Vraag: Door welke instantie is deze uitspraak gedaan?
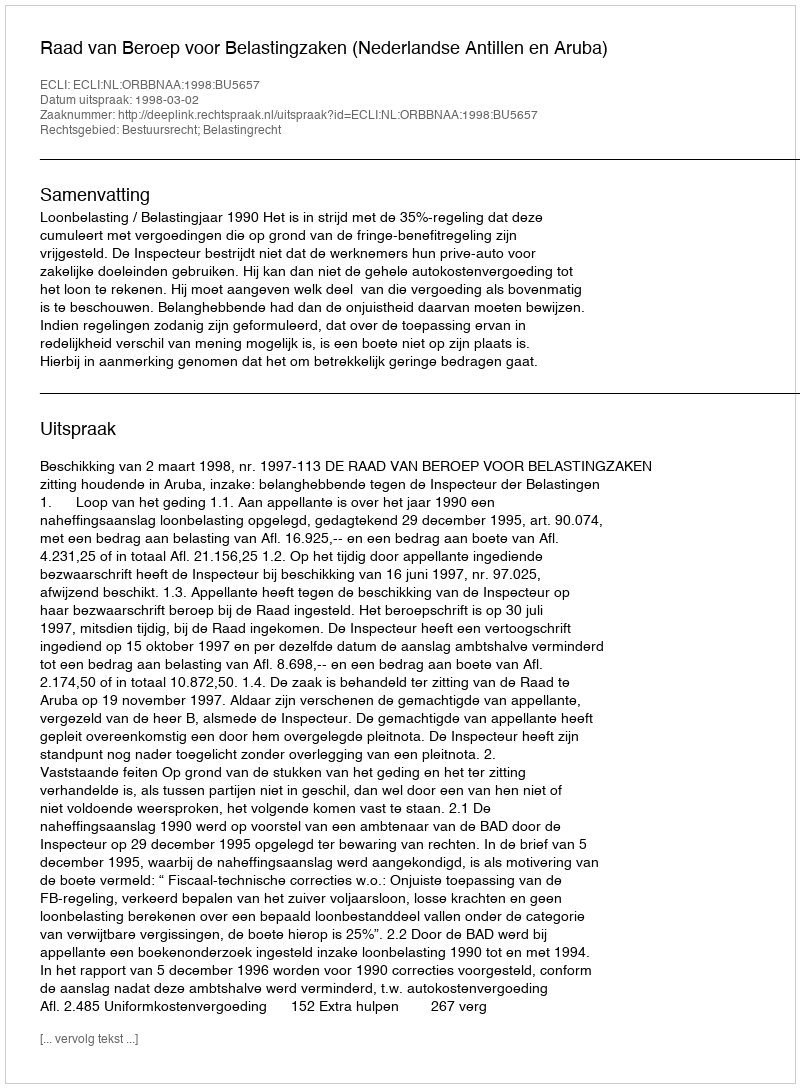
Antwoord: Raad van Beroep voor Belastingzaken (Nederlandse Antillen en Aruba)